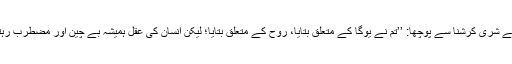
ارجن نے شری کرشنا سے پوچھا: ’’تم نے یوگا کے متعلق بتایا، روح کے متعلق بتایا؛ لیکن انسان کی عقل ہمیشہ بے چین اور مضطرب رہتی ہے۔